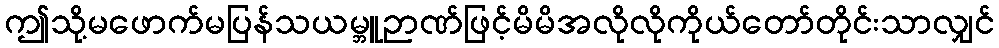
ဤသို့မဖောက်မပြန်သယမ္ဘူဉာဏ်ဖြင့်မိမိအလိုလိုကိုယ်တော်တိုင်းသာလျှင်